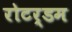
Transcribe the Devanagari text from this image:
रोटर्डम